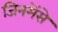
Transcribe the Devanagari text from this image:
जिनमेंसे